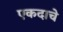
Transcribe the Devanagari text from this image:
एकदाचे